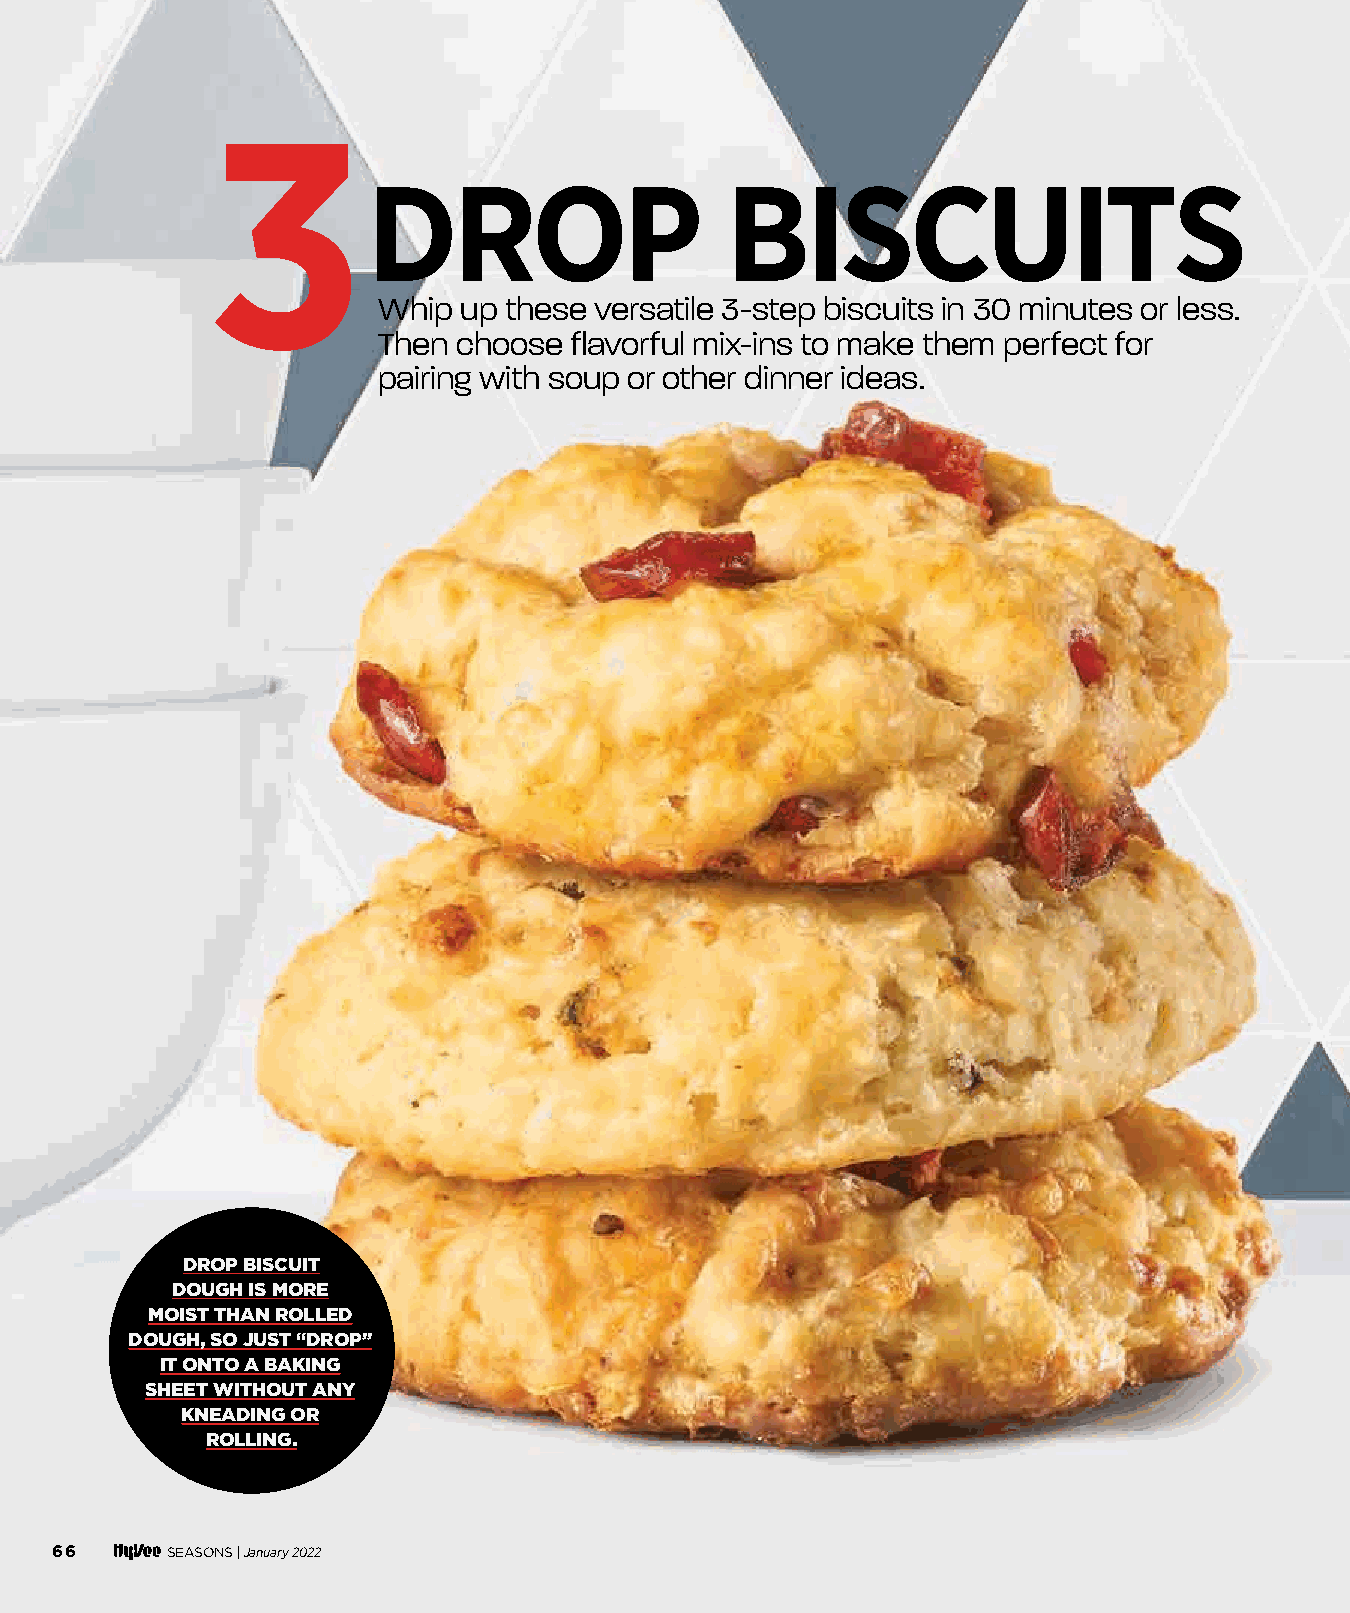
3
 DROP                    BISCUITS
 Whip up these versatile 3-step biscuits in 30 minutes or less.
 Then choose  fl avorful mix-ins to make them perfect for
 pairing with soup or other dinner ideas.
 DROP BISCUIT
 DOUGH IS MORE
 MOIST THAN ROLLED
 DOUGH, SO JUST “DROP”
 IT ONTO A BAKING
 SHEET WITHOUT ANY
 KNEADING OR
 ROLLING.
 66      SEASONS |January 2022
 006622--006677 SSeeaassoonnaall SSoouuppss__1111..2299..iinndddd 6666            1111//3300//2211 1100::5566 AAMM